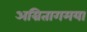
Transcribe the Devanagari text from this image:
अम्रितागमया